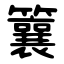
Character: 䉴